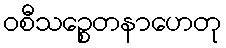
ဝစီသဉ္စေတနာဟေတု